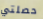
حصلتي